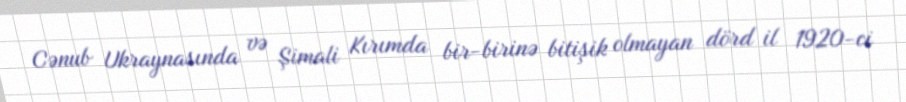
Cənub Ukraynasında və Şimali Kırımda bir-birinə bitişik olmayan dörd il 1920-ci